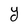
Character: y